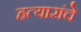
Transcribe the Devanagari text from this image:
हत्यारांचे